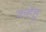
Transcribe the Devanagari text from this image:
कहेहु